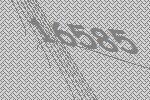
16585